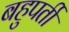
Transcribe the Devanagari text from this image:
बहुपर्ती